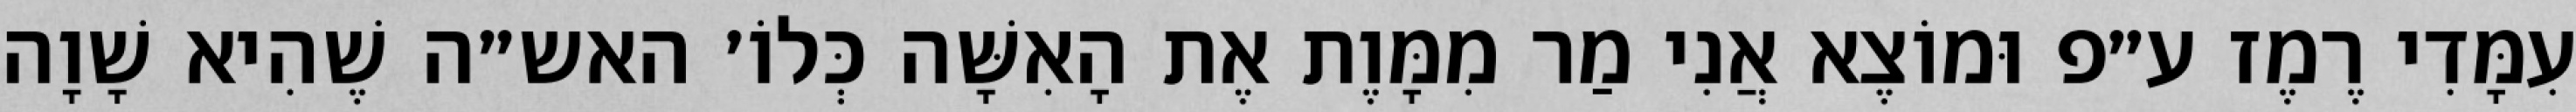
עִמָּדִי רֶמֶז ע״פ וּמוֹצֶא אֲנִי מַר מִמָּוֶת אֶת הָאִשָּׁה כְּלוֹ׳ האש״ה שֶׁהִיא שָׁוָה